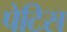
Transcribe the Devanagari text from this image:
पेटिस